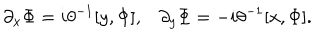
LaTeX: \partial _ { x } \Phi = i \theta ^ { - 1 } [ y , \Phi ] , \partial _ { y } \Phi = - i \theta ^ { - 1 } [ x , \Phi ] .